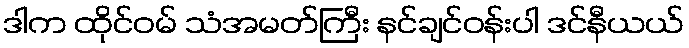
ဒါက ထိုင်ဝမ် သံအမတ်ကြီး နင်ချင်ဝန်းပါ ဒင်နီယယ်